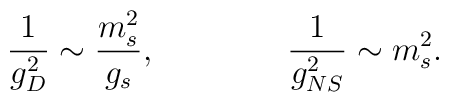
\frac{1}{g_{D}^2}\sim \frac{m_s^2}{g_s},\qquad\qquad \frac{1}{g_{NS}^2}\sim m_s^2.